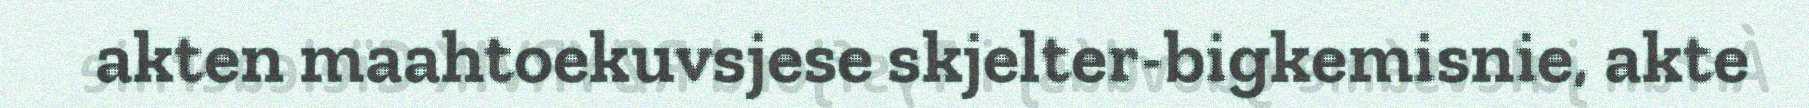
akten maahtoekuvsjese skjelter-bigkemisnie, akte